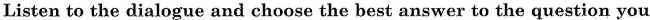
Listen to the dialogue and choose the best answer to the question you